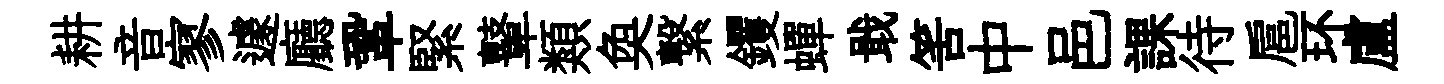
耕音寥遽廳鞏緊鼙類奐繋钁蟬戢筈中邑課待扈环盧